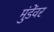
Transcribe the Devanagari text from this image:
मुंडेंवर